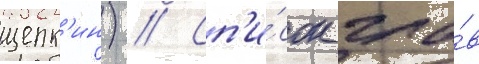
щепк'ин) // Сп'и́сок гла́в